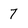
Character: 7